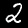
Label: 2